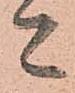
ニ